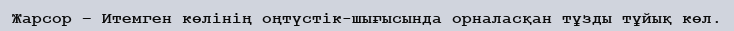
Жарсор – Итемген көлінің оңтүстік-шығысында орналасқан тұзды тұйық көл.